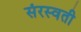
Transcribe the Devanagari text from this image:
संरस्वती